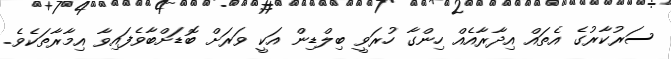
ސަރުކާރުގެ އެތައް އިދާރާއެއް ހިންގާ ހުރަވީ ބިލްޑިން އަކީ ވަރަށް ބޮޑަށްބާވެފައިވާ އިމާރާތަކެވެ.